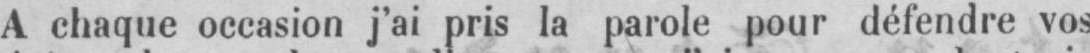
A chaque occasion j’ai pris la parole pour défendre vos